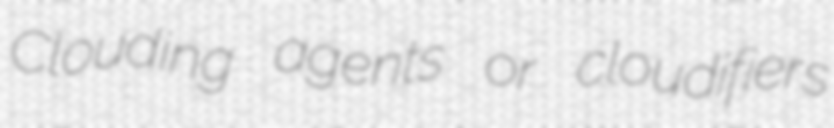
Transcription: Clouding agents or cloudifiers